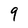
Character: 9